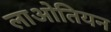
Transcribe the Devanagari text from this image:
लाओतियन